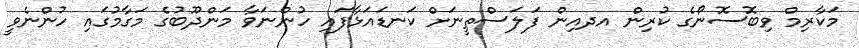
މަކާރިމް ވިބޮސޮނޯގެ ކުރިން އދއިން ފަލަސްތީނަށް ކަނޑައަޅާފައި ހުންނަވާ މަންދޫބުގެ މަގާމުގައި ހުންނެވީ